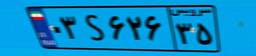
۰۳S۶۲۶۳۵